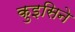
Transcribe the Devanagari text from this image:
कुइसिने